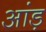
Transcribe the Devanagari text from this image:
आंड़